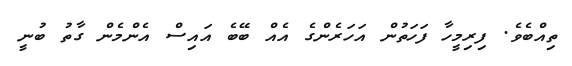
ތިއްބެވެ. ފިރިމީހާ ފަހަތުން އަހަރެންގެ އެއް ބޭބެ އައިސް އެންމެން ގާތު ބުނީ